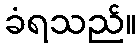
ခံရသည်။